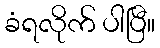
ခံရလိုက် ပါပြီ။